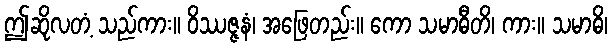
ဤဆိုလတံ့ သည်ကား။ ဝိဿဇ္ဇနံ၊ အဖြေတည်း။ ကော သမာဓီတိ၊ ကား။ သမာဓိ၊